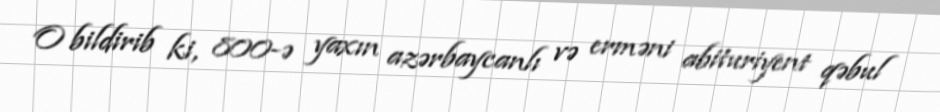
O bildirib ki, 800-ə yaxın azərbaycanlı və erməni abituriyent qəbul